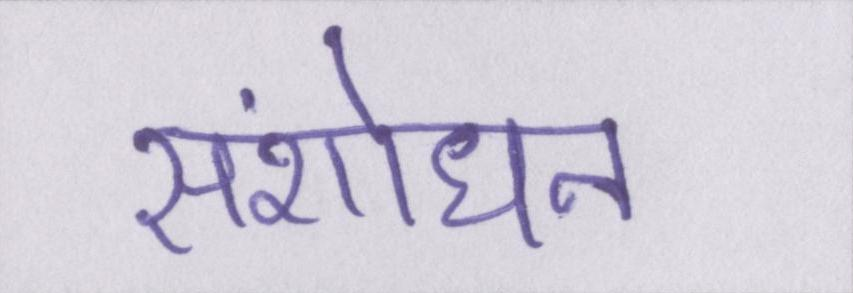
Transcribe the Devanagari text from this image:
संशोधन